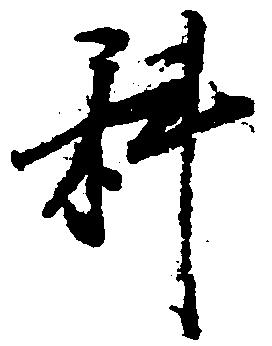
科